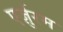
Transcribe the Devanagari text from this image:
एर्ज़ुरम